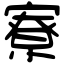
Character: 寮